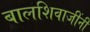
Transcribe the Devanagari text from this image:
बालशिवाजींनी